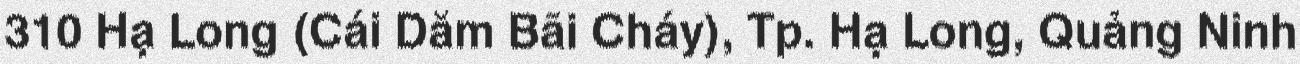
310 Hạ Long (Cái Dăm Bãi Cháy), Tp. Hạ Long, Quảng Ninh